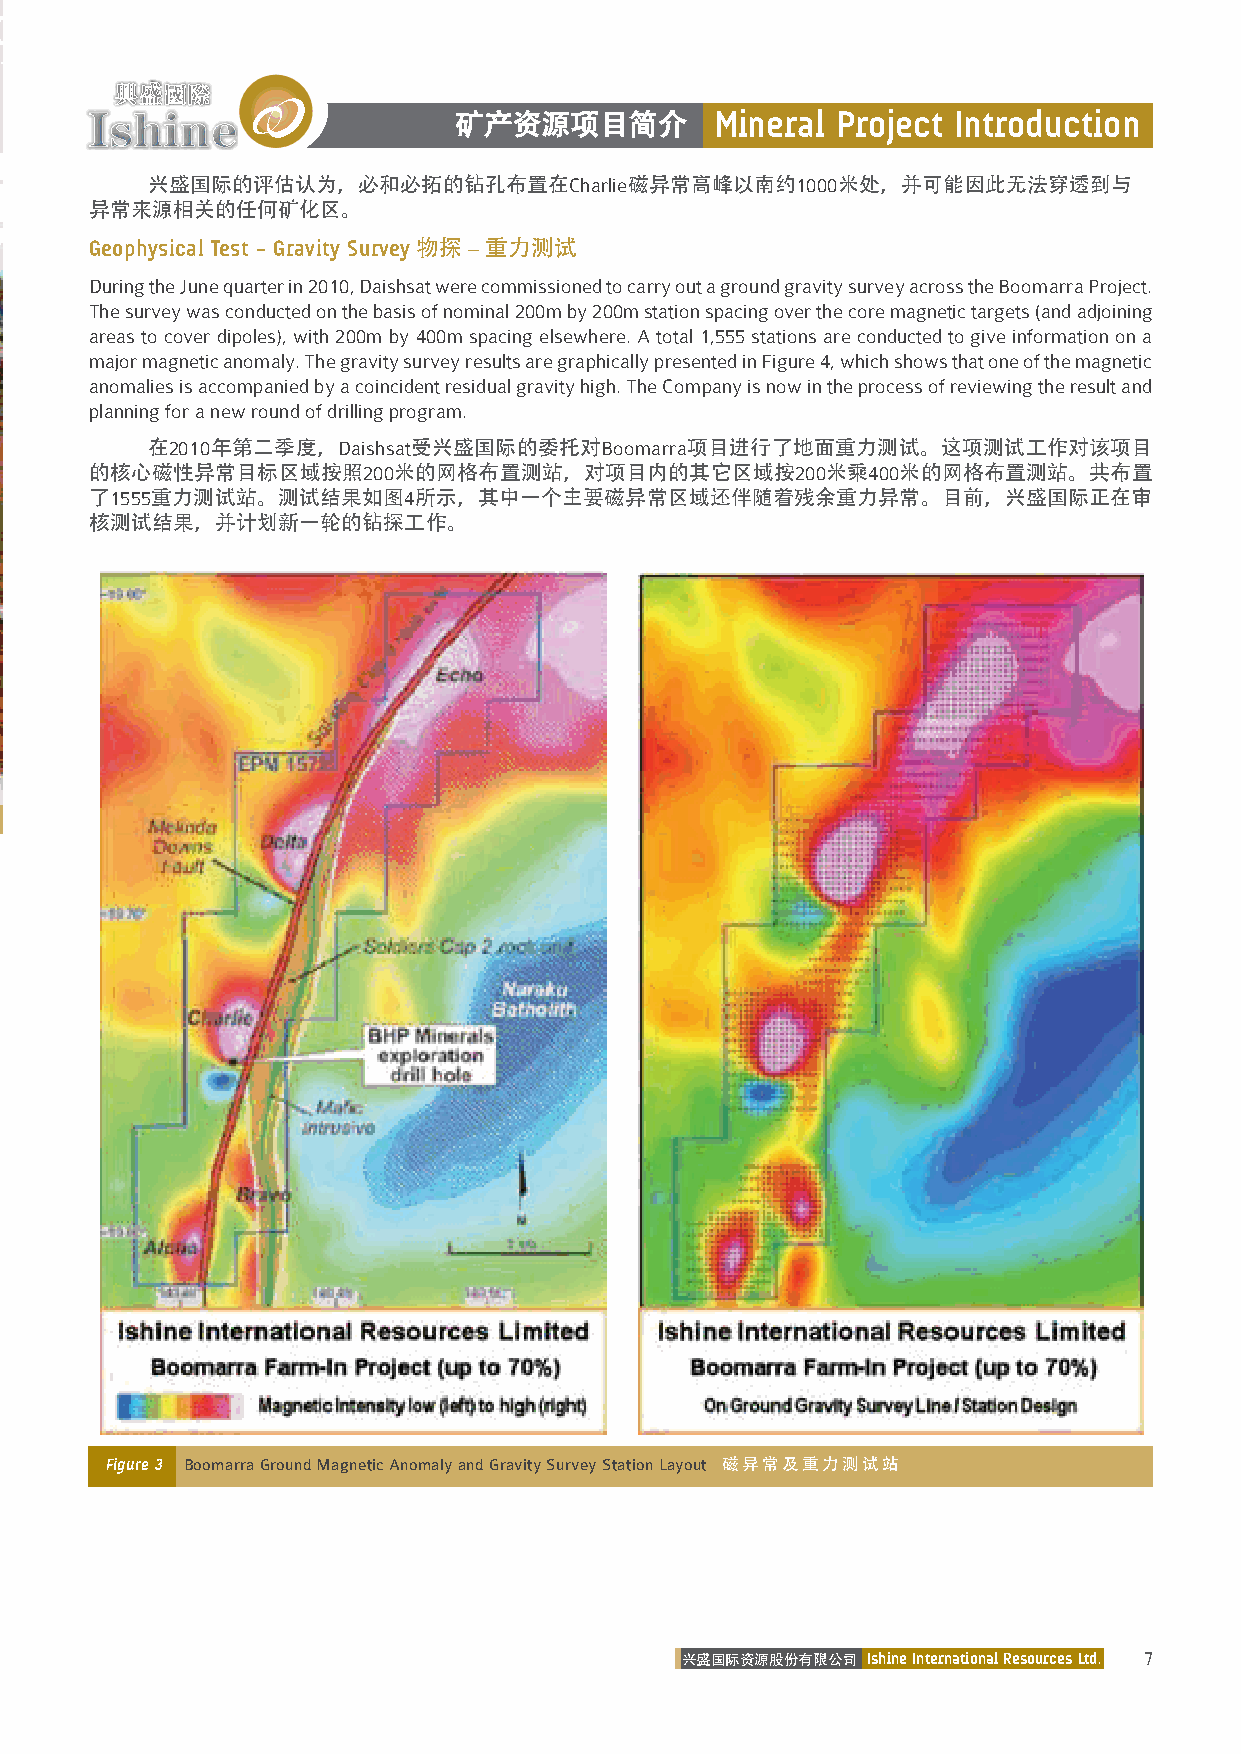
矿产资源项目简介         Mineral Project Introduction
 兴盛国际的评估认为，必和必拓的钻孔布置在Charlie磁异常高峰以南约1000米处，并可能因此无法穿透到与
 异常来源相关的任何矿化区。
 Geophysical Test – Gravity Survey 物探 – 重力测试
 During the June quarter in 2010, Daishsat were commissioned to carry out a ground gravity survey across the Boomarra Project.
 The survey was conducted on the basis of nominal 200m by 200m station spacing over the core magnetic targets (and adjoining
 areas to cover dipoles), with 200m by 400m spacing elsewhere. A total 1,555 stations are conducted to give information on a
 major magnetic anomaly. The gravity survey results are graphically presented in Figure 4, which shows that one of the magnetic
 anomalies is accompanied by a coincident residual gravity high. The Company is now in the process of reviewing the result and
 planning for a new round of drilling program.
 在2010年第二季度，Daishsat受兴盛国际的委托对Boomarra项目进行了地面重力测试。这项测试工作对该项目
 的核心磁性异常目标区域按照200米的网格布置测站，对项目内的其它区域按200米乘400米的网格布置测站。共布置
 了1555重力测试站。测试结果如图4所示，其中一个主要磁异常区域还伴随着残余重力异常。目前，兴盛国际正在审
 核测试结果，并计划新一轮的钻探工作。
 Figure 3 Boomarra Ground Magnetic Anomaly and Gravity Survey Station Layout 磁异常及重力测试站
 兴盛国际资源股份有限公司 Ishine International Resources Ltd. 7